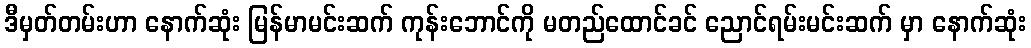
ဒီမှတ်တမ်းဟာ နောက်ဆုံး မြန်မာမင်းဆက် ကုန်းဘောင်ကို မတည်ထောင်ခင် ညောင်ရမ်းမင်းဆက် မှာ နောက်ဆုံး